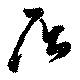
屈